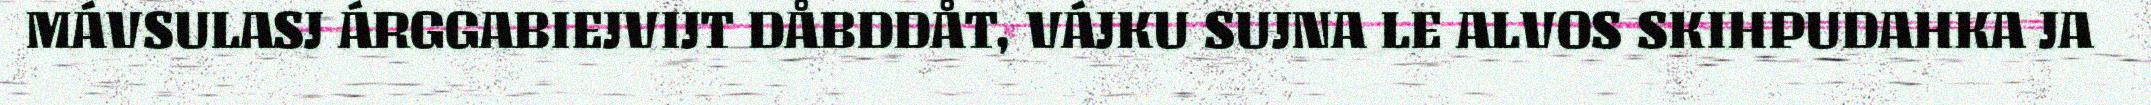
MÁVSULASJ ÁRGGABIEJVIJT DÅBDDÅT, VÁJKU SUJNA LE ALVOS SKIHPUDAHKA JA